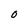
Character: 0